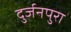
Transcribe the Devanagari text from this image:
दुर्जनपुरा